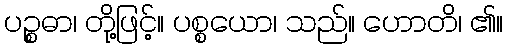
ပဉ္စဓာ၊ တို့ဖြင့်။ ပစ္စယော၊ သည်။ ဟောတိ၊ ၏။